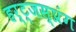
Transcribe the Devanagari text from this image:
हर्ट्जस्प्रंग